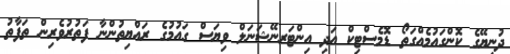
ދުނިޔޭގެ ކޮންގައުމެއްގަތޯ ޑޮމެސްޓިކް އަދި އިންޓަރނޭޝަނަލް ވިޔަސް ގައުމުގެ ރައްޔިތުންނާ ފަތުރުވެރިން ތަފާތު